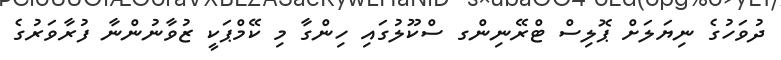
ދުވަހުގެ ނިޔަލަށް ޕޮލިސް ޓްރޭނިންގ ސްކޫލުގައި ހިންގާ މި ކޭމްޕަކީ ޒުވާނުންނާ ފުރާވަރުގެ